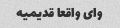
وای واقعا قدیمیه